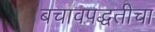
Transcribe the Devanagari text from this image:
बचावपद्धतीचा